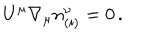
LaTeX: U ^ { \mu } { \nabla } _ { \mu } n _ { ( i ) } ^ { \nu } = 0 \, .